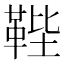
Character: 𩊰